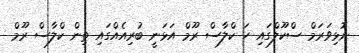
ނޮޅިވަރަމް ސްކޫލްގައި ހަ ކްލާސް ރޫމް އަޅަނީ ބުރިއެއްގައި ތިން ކްލާސް ރޫމް